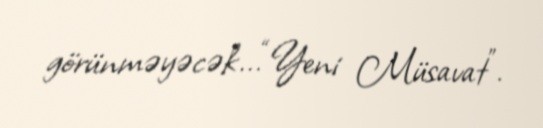
görünməyəcək...“Yeni Müsavat”.